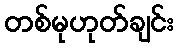
တစ်မုဟုတ်ချင်း